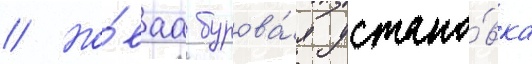
// Но́ваа бурова́я устано́вка